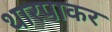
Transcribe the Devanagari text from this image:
थारपाकर